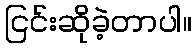
ငြင်းဆိုခဲ့တာပါ။